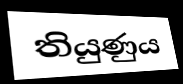
තියුණුය